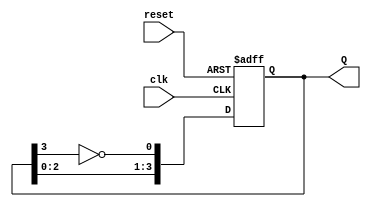
module johnson_counter (
    input wire clk,       // Clock signal
    input wire reset,     // Asynchronous reset signal
    output reg [3:0] Q    // 4-bit output
);

// State transition logic
always @(posedge clk or posedge reset) begin
    if (reset) begin
        Q <= 4'b0000;    // Asynchronous reset to 0000
    end else begin
        Q[0] <= ~Q[3];   // D0 is connected to the inverted output of Q3
        Q[1] <= Q[0];    // D1 takes the value of Q0
        Q[2] <= Q[1];    // D2 takes the value of Q1
        Q[3] <= Q[2];    // D3 takes the value of Q2
    end
end

endmodule